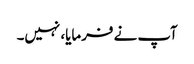
آپ نے فرمایا، نہیں۔